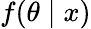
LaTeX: f(\theta\mid x)